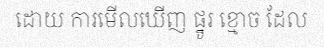
ដោយ ការមើលឃើញ ផ្នូរ ខ្មោច ដែល